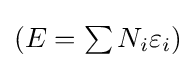
{\textstyle \left(E=\sum N_{i}\varepsilon _{i}\right)}